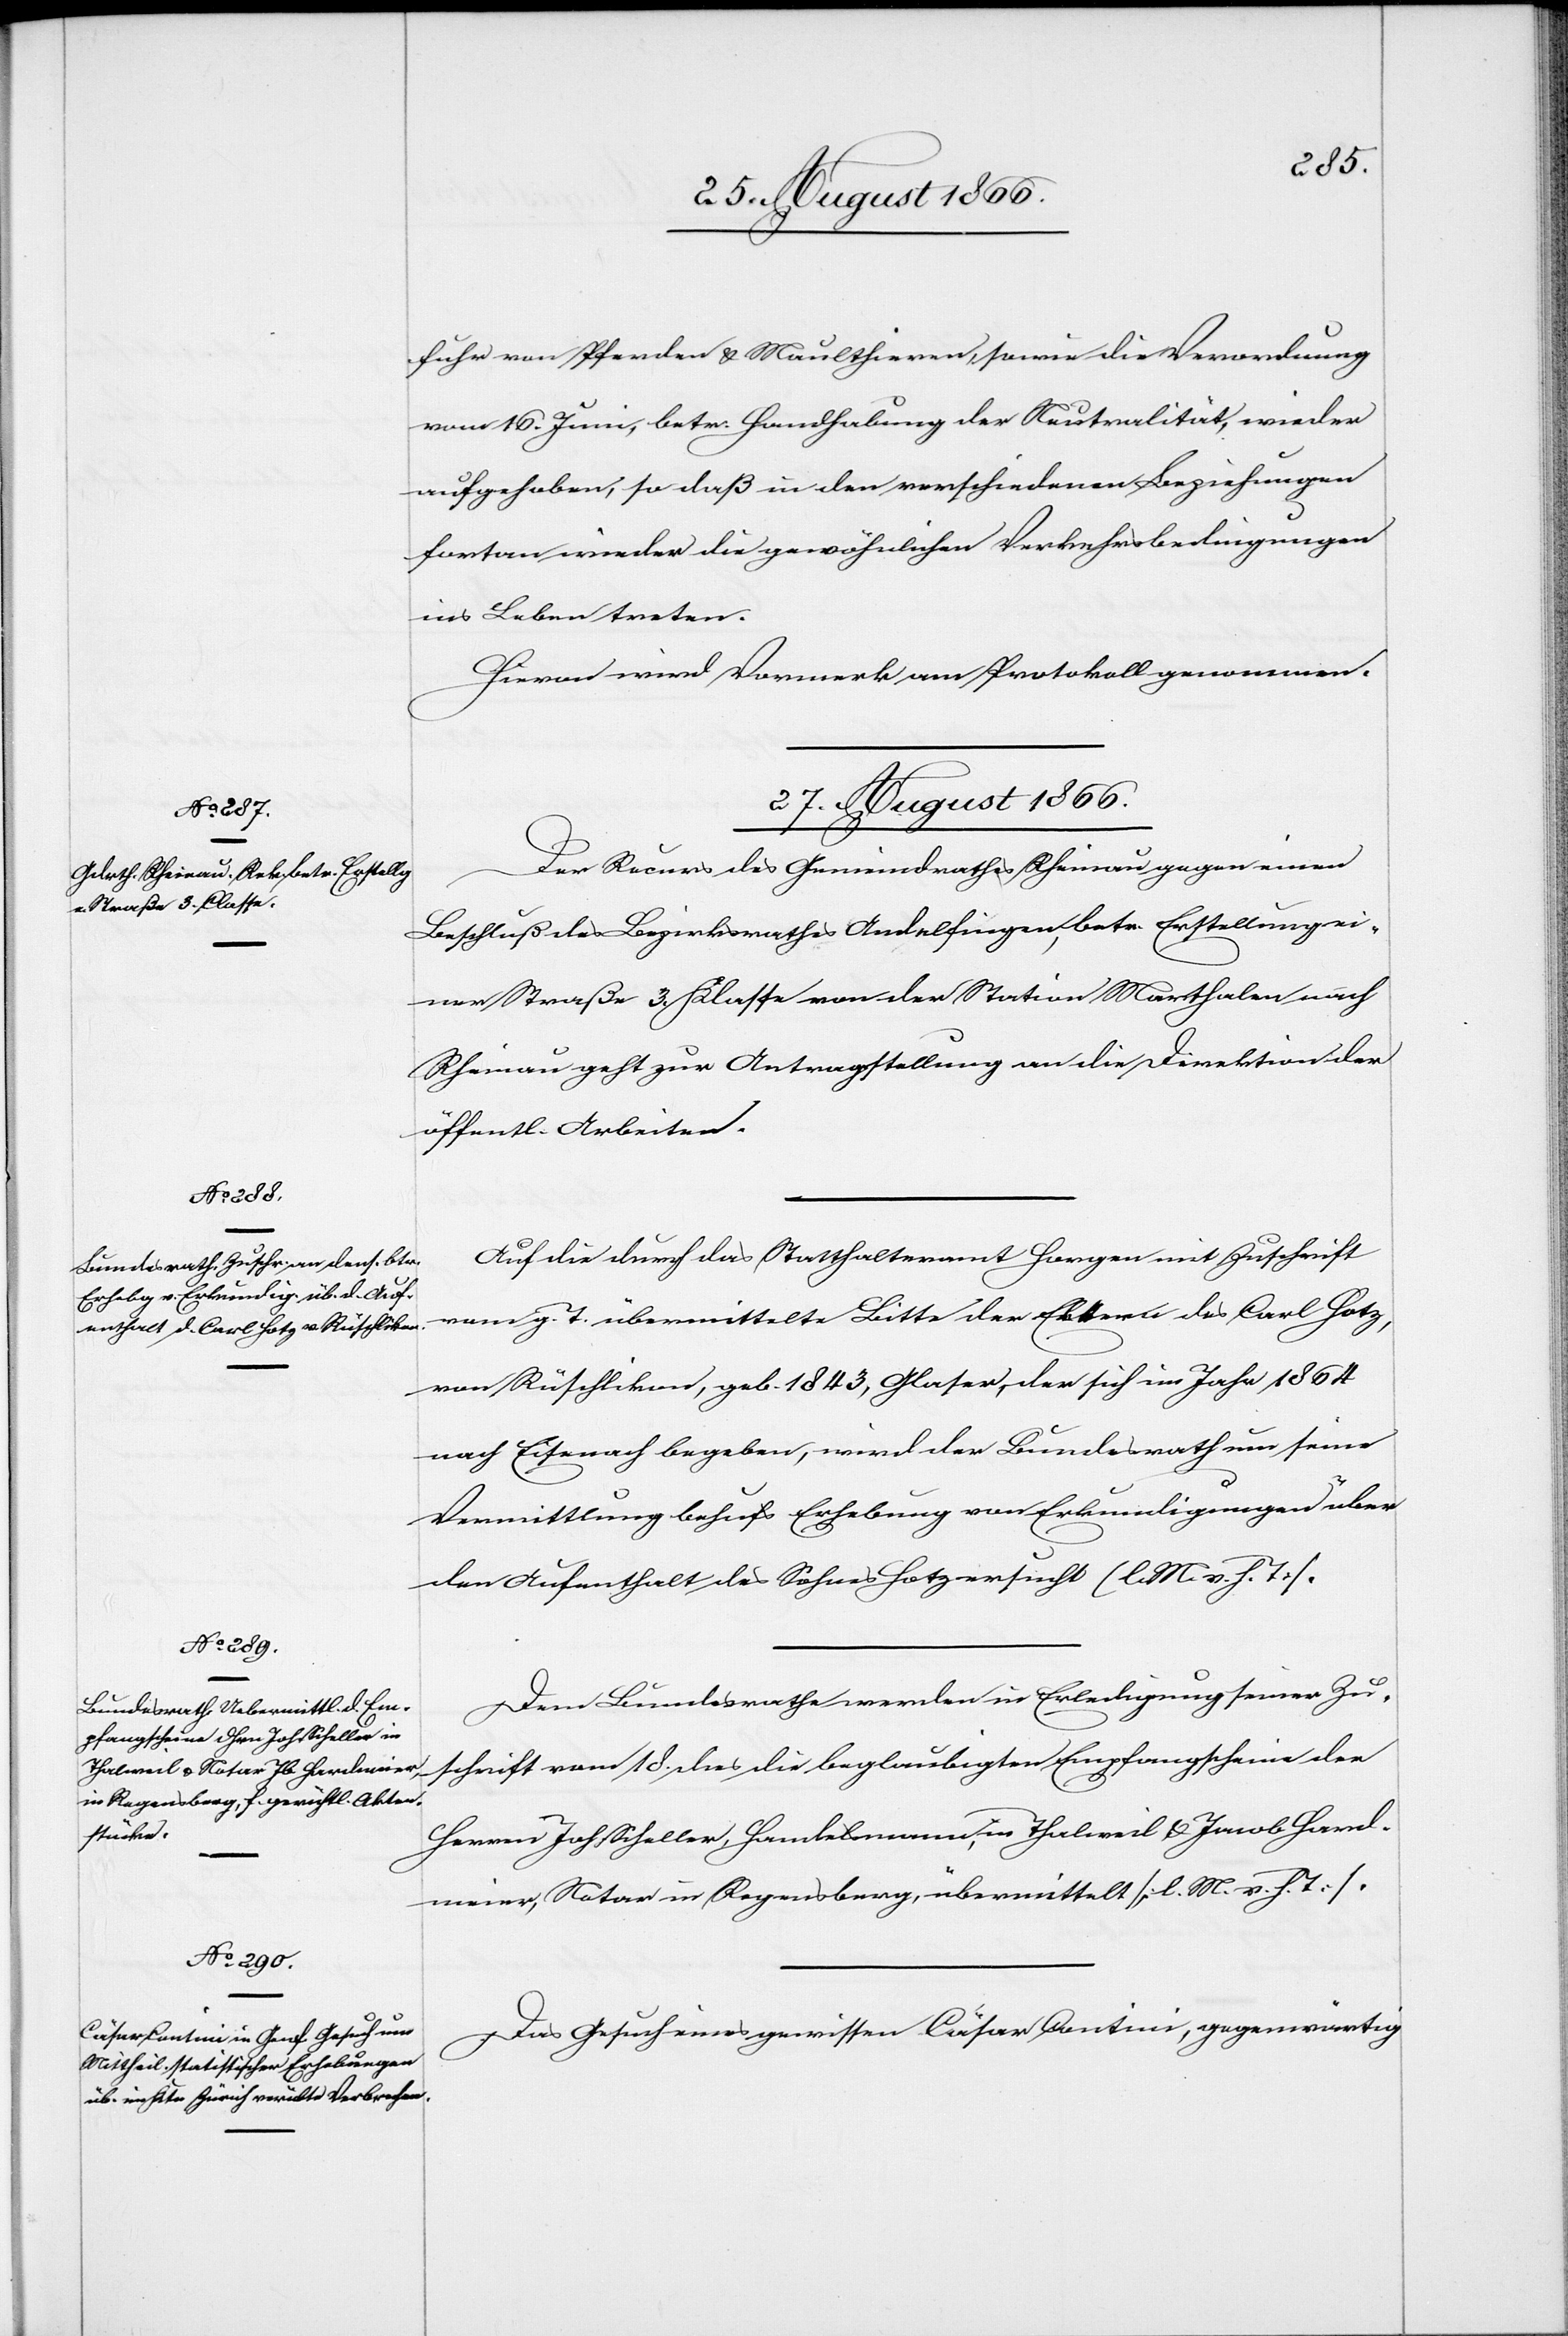
fuhr von Pferden u. Maulthieren, sowie die Verordnung
vom 16. Juni, betr. Handhabung der Neutralität, wieder
aufgehoben, so daß in den verschiedenen Beziehungen
fortan wieder die gewöhnlichen Verkehrsbedingungen
ins Leben treten.
Hievon wird Vormerk am Protokoll genommen.
27. August 1866.]
Der Recurs des Gemeindrathes Rheinau gegen einen
Beschluß des Bezirksrathes Andelfingen, betr. Erstellung ei¬
ner Straße 3. Klasse von der Station Marthalen nach
Rheinau geht zur Antragstellung an die Direktion der
öffentl. Arbeiten.
Auf die durch das Statthalteramt Horgen mit Zuschrift
vom g. T. übermittelte Bitte der Eltern des Carl Hotz,
von Rüschlikon, geb. 1843, Glaser, der sich im Jahr 1864
nach Eisenach begeben, wird der Bundesrath um seine
Vermittlung behufs Erhebung von Erkundigungen über
den Aufenthalt des Sohnes Hotz ersucht (l. M. v. h. T).
Dem Bundesrathe werden in Erledigung seiner Zu¬
schrift vom 18. dies die beglaubigten Empfangscheine der
Herren Joh. Scheller, Handelsmannes, in Thalweil u. Jacob Hard¬
meier, Notar in Regensberg, übermittelt [l. M. v. h. T.].
Das Gesuch eines gewissen Cäsar Qantini, gegenwärtig